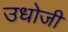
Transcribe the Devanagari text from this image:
उधोजी